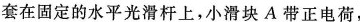
套在固定的水平光滑杆上，小滑块A带正电荷，